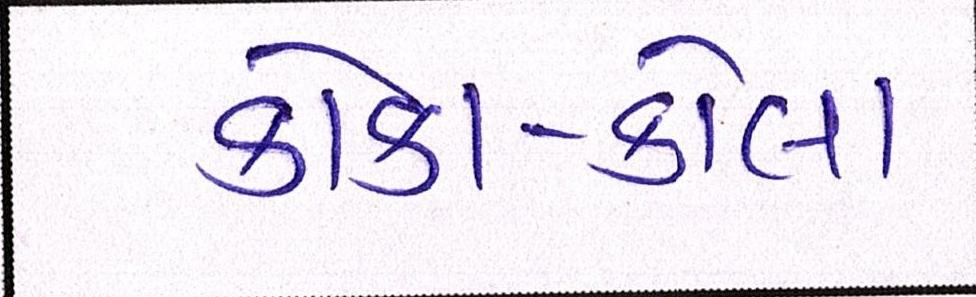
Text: કોકા-કોલા